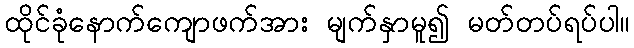
ထိုင်ခုံနောက်ကျောဖက်အား မျက်နှာမူ၍ မတ်တပ်ရပ်ပါ။